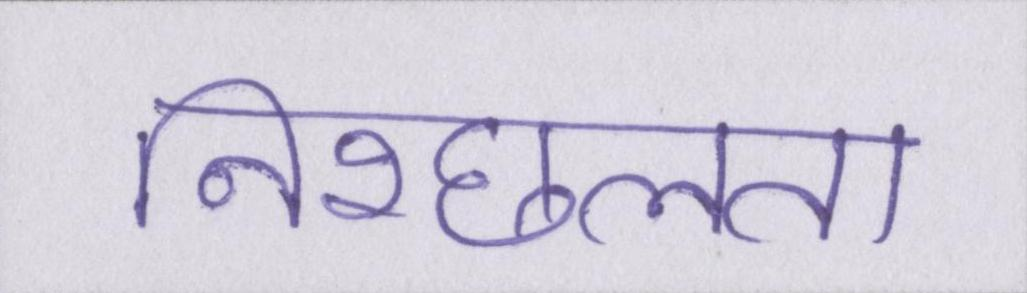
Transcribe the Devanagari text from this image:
निश्छलता